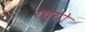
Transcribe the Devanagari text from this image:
रच्यो